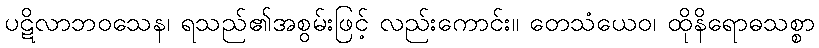
ပဋိလာဘဝသေန၊ ရသည်၏အစွမ်းဖြင့် လည်းကောင်း။ တေသံယေဝ၊ ထိုနိရောဓသစ္စာ